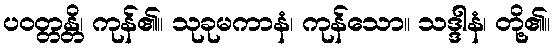
ပဝတ္တန္တိ၊ ကုန်၏။ သုခုမကာနံ၊ ကုန်သော။ သဒ္ဒါနံ၊ တို့၏။